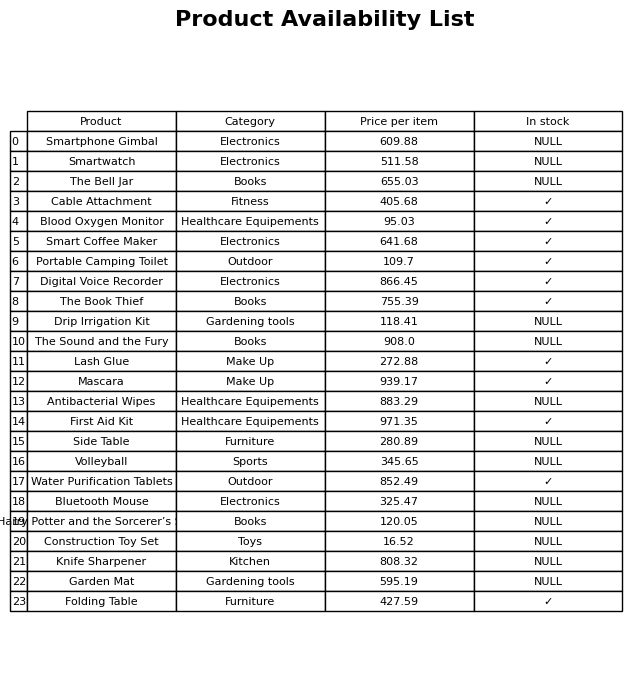
question: What is the price of the Water Purification Tablets?
answer: The price of Water Purification Tablets is 852.49.